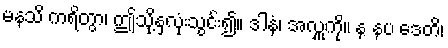
မနသိ ကရိတွာ၊ ဤသို့နှလုံးသွင်း၍။ ဒါနံ၊ အလှူကို။ န နပ ဒေတိ၊